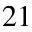
^ { 2 1 }